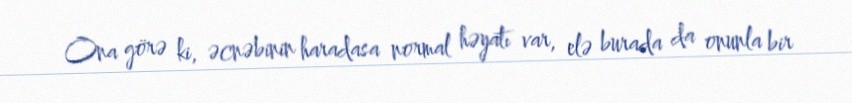
Ona görə ki, əcnəbinin haradasa normal həyatı var, elə burada da onunla bir